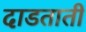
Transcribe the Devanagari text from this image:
दाडताती